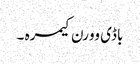
باڈی وورن کیمرہ ۔